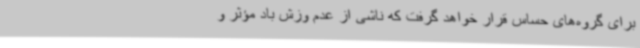
برای گروه‌های حساس قرار خواهد گرفت که ناشی از عدم وزش باد مؤثر و